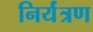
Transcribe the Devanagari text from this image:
निर्यंत्रण